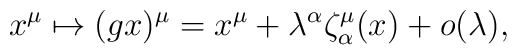
x^{\mu}\mapsto (gx)^{\mu}=x^{\mu}+ \lambda ^{\alpha}\zeta _{\alpha}^{\mu}(x)+o(\lambda) ,